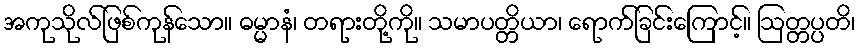
အကုသိုလ်ဖြစ်ကုန်သော။ ဓမ္မာနံ၊ တရားတို့ကို။ သမာပတ္တိယာ၊ ရောက်ခြင်းကြောင့်။ ဩတ္တပ္ပတိ၊